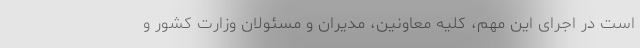
است در اجرای این مهم، کلیه معاونین، مدیران و مسئولان وزارت کشور و